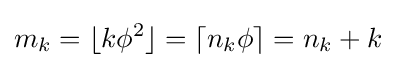
m_{k}=\lfloor k\phi ^{2}\rfloor =\lceil n_{k}\phi \rceil =n_{k}+k